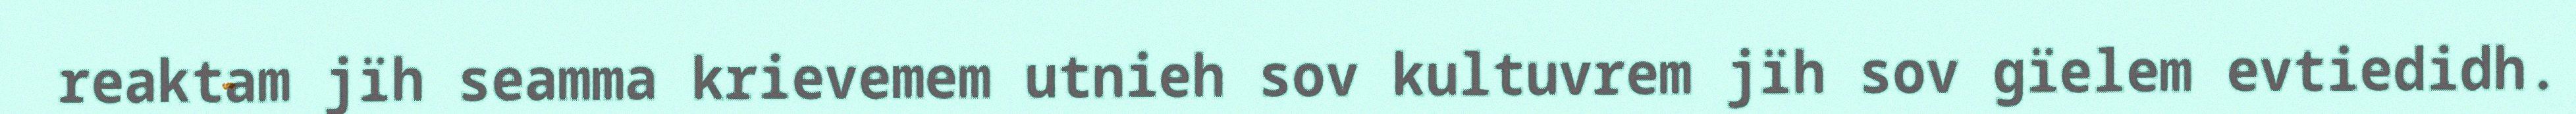
reaktam jïh seamma krievemem utnieh sov kultuvrem jïh sov gïelem evtiedidh.